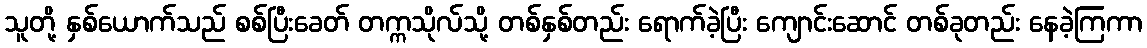
သူတို့ နှစ်ယောက်သည် စစ်ပြီးခေတ် တက္ကသိုလ်သို့ တစ်နှစ်တည်း ရောက်ခဲ့ပြီး ကျောင်းဆောင် တစ်ခုတည်း နေခဲ့ကြကာ